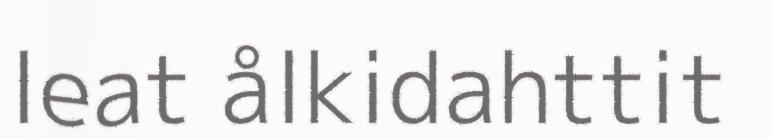
leat ålkidahttit